Plague in India, 1896, 1897 - Volume 1
Year: 1896
Disease focus: Plague
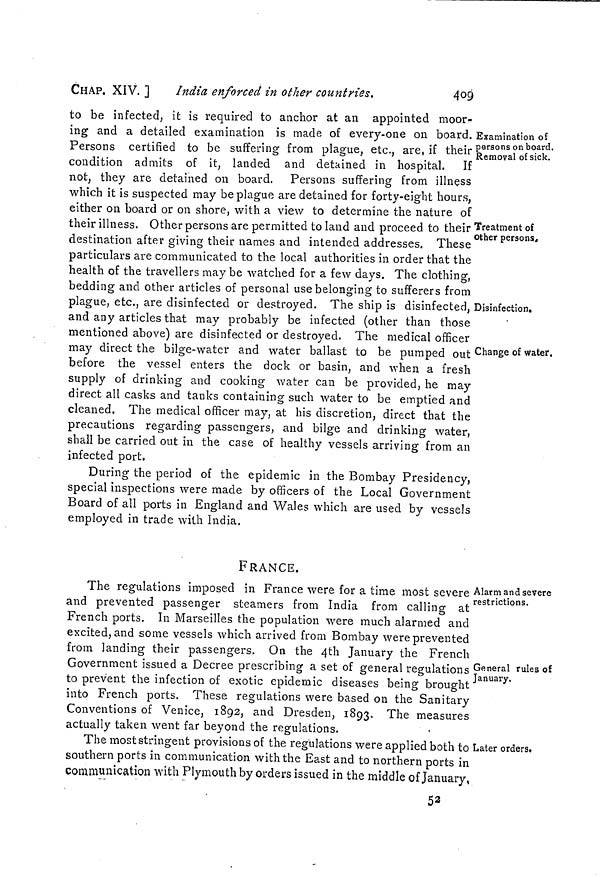
CHAP. XIV. ]
India enforced in other countries.
409
Examination of
persons on board.
Removal of sick.
to be infected, it is required to anchor at an appointed moor-
ing and a detailed examination is made of every-one on board.
Persons certified to be suffering from plague, etc., are, if their
condition admits of it, landed and detained in hospital. If
not, they are detained on board. Persons suffering from illness
which it is suspected may be plague are detained for forty-eight hours,
either on board or on shore, with a view to determine the nature of
Treatment of
other persons.
their illness. Other persons are permitted to land and proceed to their
destination after giving their names and intended addresses. These
particulars are communicated to the local authorities in order that the
health of the travellers may be watched for a few days. The clothing,
bedding and other articles of personal use belonging to sufferers from
Disinfection.
plague, etc., are disinfected or destroyed. The ship is disinfected,
and any articles that may probably be infected (other than those
mentioned above) are disinfected or destroyed. The medical officer
Change of water.
may direct the bilge-water and water ballast to be pumped out
before the vessel enters the dock or basin, and when a fresh
supply of drinking and cooking water can be provided, he may
direct all casks and tanks containing such water to be emptied and
cleaned. The medical officer may, at his discretion, direct that the
precautions regarding passengers, and bilge and drinking water,
shall be carried out in the case of healthy vessels arriving from an
infected port.
During the period of the epidemic in the Bombay Presidency,
special inspections were made by officers of the Local Government
Board of all ports in England and Wales which are used by vessels
employed in trade with India.
FRANCE.
Alarm and severe
restrictions.
The regulations imposed in France were for a time most severe
and prevented passenger steamers from India from calling at
French ports. In Marseilles the population were much alarmed and
excited, and some vessels which arrived from Bombay were prevented
from landing their passengers. On the 4th January the French
General rules of
January.
Government issued a Decree prescribing a set of general regulations
to prevent the infection of exotic epidemic diseases being brought
into French ports. These regulations were based on the Sanitary
Conventions of Venice, 1892, and Dresden, 1893. The measures
actually taken went far beyond the regulations.
Later orders.
The most stringent provisions of the regulations were applied both to
southern ports in communication with the East and to northern ports in
communication with Plymouth by orders issued in the middle of January,
52